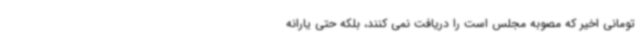
تومانی اخیر که مصوبه مجلس است را دریافت نمی کنند، بلکه حتی یارانه